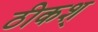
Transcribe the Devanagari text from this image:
ठीकश्